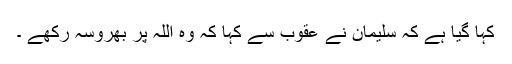
کہا گیا ہے کہ سلیمان نے عقوب سے کہا کہ وہ اللہ پر بھروسہ رکھے ۔